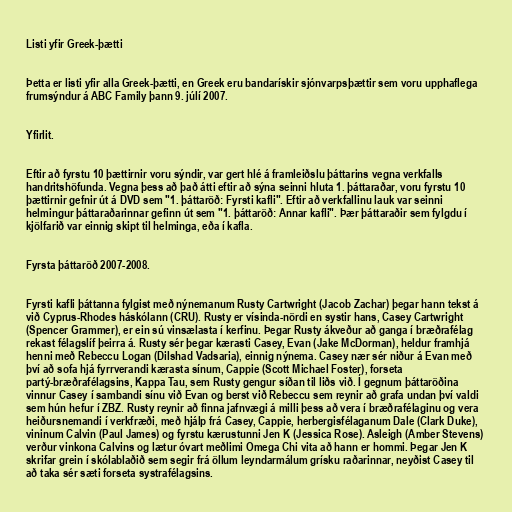
Listi yfir Greek-þætti

Þetta er listi yfir alla Greek-þætti, en Greek eru bandarískir sjónvarpsþættir sem voru upphaflega
frumsýndur á ABC Family þann 9. júlí 2007.

Yfirlit.

Eftir að fyrstu 10 þættirnir voru sýndir, var gert hlé á framleiðslu þáttarins vegna verkfalls
handritshöfunda. Vegna þess að það átti eftir að sýna seinni hluta 1. þáttaraðar, voru fyrstu 10
þættirnir gefnir út á DVD sem "1. þáttaröð: Fyrsti kafli". Eftir að verkfallinu lauk var seinni
helmingur þáttaraðarinnar gefinn út sem "1. þáttaröð: Annar kafli". Þær þáttaraðir sem fylgdu í
kjölfarið var einnig skipt til helminga, eða í kafla.

Fyrsta þáttaröð 2007-2008.

Fyrsti kafli þáttanna fylgist með nýnemanum Rusty Cartwright (Jacob Zachar) þegar hann tekst á
við Cyprus-Rhodes háskólann (CRU). Rusty er vísinda-nördi en systir hans, Casey Cartwright
(Spencer Grammer), er ein sú vinsælasta í kerfinu. Þegar Rusty ákveður að ganga í bræðrafélag
rekast félagslíf þeirra á. Rusty sér þegar kærasti Casey, Evan (Jake McDorman), heldur framhjá
henni með Rebeccu Logan (Dilshad Vadsaria), einnig nýnema. Casey nær sér niður á Evan með
því að sofa hjá fyrrverandi kærasta sínum, Cappie (Scott Michael Foster), forseta
partý-bræðrafélagsins, Kappa Tau, sem Rusty gengur síðan til liðs við. Í gegnum þáttaröðina
vinnur Casey í sambandi sínu við Evan og berst við Rebeccu sem reynir að grafa undan því valdi
sem hún hefur í ZBZ. Rusty reynir að finna jafnvægi á milli þess að vera í bræðrafélaginu og vera
heiðursnemandi í verkfræði, með hjálp frá Casey, Cappie, herbergisfélaganum Dale (Clark Duke),
vininum Calvin (Paul James) og fyrstu kærustunni Jen K (Jessica Rose). Asleigh (Amber Stevens)
verður vinkona Calvins og lætur óvart meðlimi Omega Chi vita að hann er hommi. Þegar Jen K
skrifar grein í skólablaðið sem segir frá öllum leyndarmálum grísku raðarinnar, neyðist Casey til
að taka sér sæti forseta systrafélagsins.